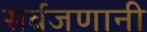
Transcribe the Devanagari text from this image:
सर्वजणानी